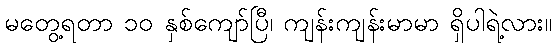
မတွေ့ရတာ ၁၀ နှစ်ကျော်ပြီ၊ ကျန်းကျန်းမာမာ ရှိပါရဲ့လား။